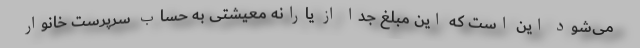
می‌شود این است که این مبلغ جدا از یارانه معیشتی به حساب سرپرست خانوار